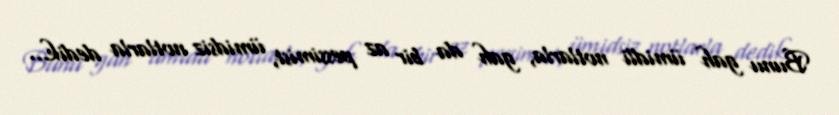
Bunu gah ümidli notlarla, gah da bir az pessimist, ümidsiz notlarla dedik...